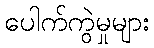
ပေါက်ကွဲမှုများ